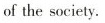
of the society.